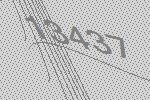
13437